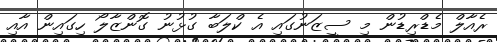
ރެއާލް މެޑްރިޑުން މި ސީޒަނުގައި އެ ކްލަބާ ގުޅުނު ގޮންޒާލޯ ހިގައިން އާއި